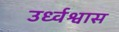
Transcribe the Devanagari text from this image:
उर्ध्वश्वास